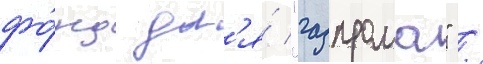
фо́нд дл'я́ "газпрома" /